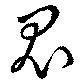
鬼